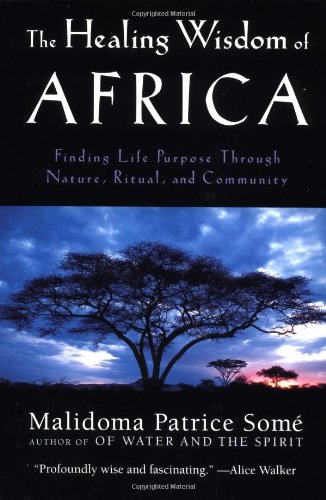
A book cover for The Healing Wisdom of Africa; Malidoma Patrice Some; Politics & Social Sciences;